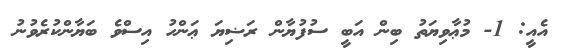
އެއީ: 1- މުޢާވިޔަތު ބިން އަބީ ސުފުޔާން ރަޟިޔަ ޢަންހު އިސްވެ ބަޔާންކުރެވުނު